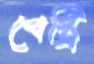
পেস্ট্রি